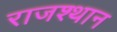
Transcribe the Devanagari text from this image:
राजश्थान